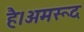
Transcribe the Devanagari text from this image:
है।अमरूद